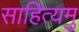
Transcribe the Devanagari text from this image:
साहित्यमु